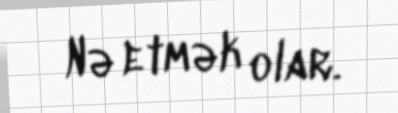
Nə etmək olar.